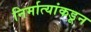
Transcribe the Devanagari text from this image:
निर्मात्यांकडून